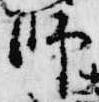
師